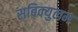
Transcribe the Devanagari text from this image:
सबिक्युलम